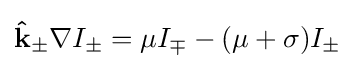
\mathbf {\hat {k}} _{\pm }\mathbf {\nabla } I_{\pm }=\mu I_{\mp }-(\mu +\sigma )I_{\pm }